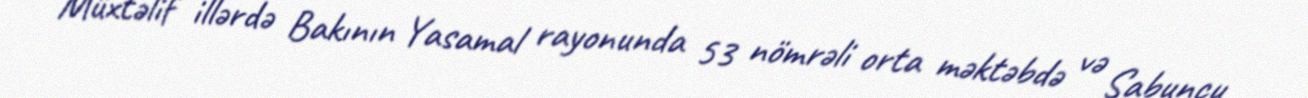
Müxtəlif illərdə Bakının Yasamal rayonunda 53 nömrəli orta məktəbdə və Sabunçu